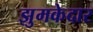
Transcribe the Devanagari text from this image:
झुमकेदार